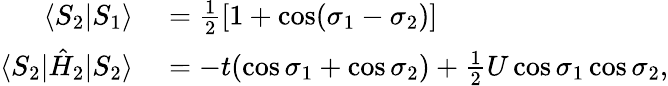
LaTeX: \begin{array}{rl}{\langle S_{2}|S_{1}\rangle}&{{}=\frac{1}{2}[1+\cos(\sigma_{1}-\sigma_{2})]}\\ {\langle S_{2}|\hat{H}_{2}|S_{2}\rangle}&{{}=-t(\cos\sigma_{1}+\cos\sigma_{2})+\frac{1}{2}U\cos\sigma_{1}\cos\sigma_{2},}\end{array}